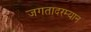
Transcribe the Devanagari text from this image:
जगतादरम्यान